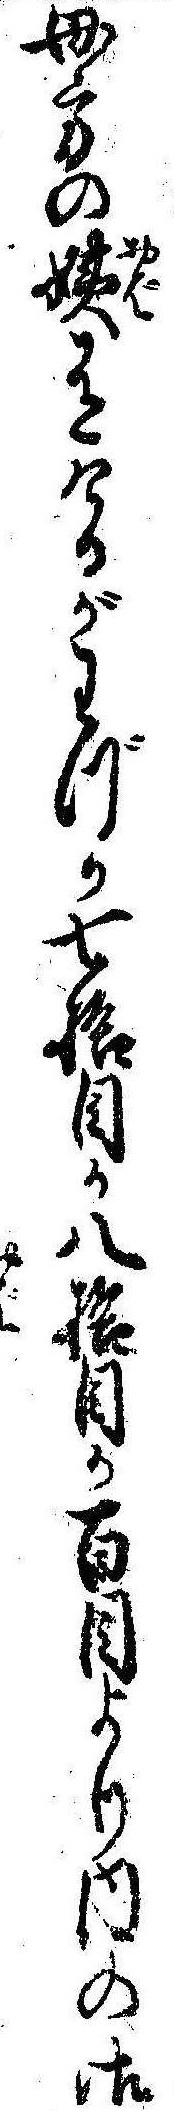
母方の姨有けるがわづか七拾目か八拾目か百目より内の御